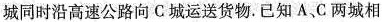
城同时沿高速公路向C城运送货物。已知A、C两城相